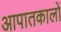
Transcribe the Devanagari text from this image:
आपातकालों